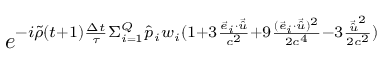
e ^ { - i \Tilde { \rho } ( t + 1 ) \frac { \Delta t } { \tau } \Sigma _ { i = 1 } ^ { Q } \hat { p } _ { i } w _ { i } ( 1 + 3 \frac { \Vec { e } _ { i } \cdot \Vec { \hat { u } } } { c ^ { 2 } } + 9 \frac { ( \Vec { e } _ { i } \cdot \Vec { \hat { u } } ) ^ { 2 } } { 2 c ^ { 4 } } - 3 \frac { \Vec { \hat { u } } ^ { 2 } } { 2 c ^ { 2 } } ) }